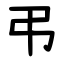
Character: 弔